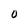
Character: O